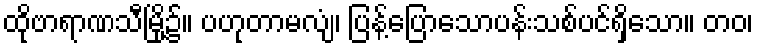
ထိုဗာရာဏသီမြို့၌။ ပဟုတာမလျံ၊ ပြန့်ပြောသောပန်းသစ်ပင်ရှိသော။ တဝ၊